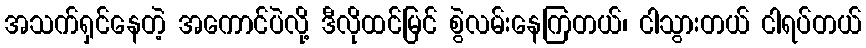
အသက်ရှင်နေတဲ့ အကောင်ပဲလို့ ဒီလိုထင်မြင် စွဲလမ်းနေကြတယ်၊ ငါသွားတယ် ငါရပ်တယ်